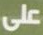
على